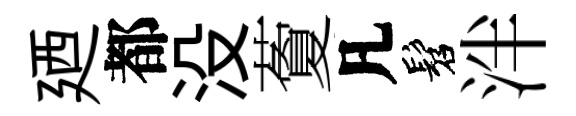
廼都没藑凡髫泮